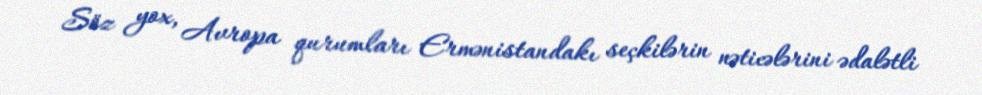
Söz yox, Avropa qurumları Ermənistandakı seçkilərin nəticələrini ədalətli